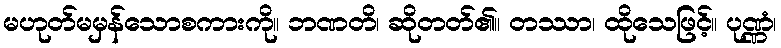
မဟုတ်မမှန်သောစကားကို။ ဘဏတိ၊ ဆိုတတ်၏။ တဿာ၊ ထိုသေဖြင့်။ ပုဏ္ဏံ၊